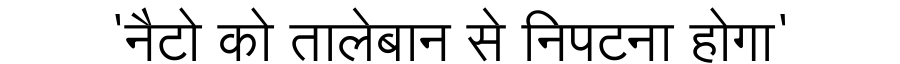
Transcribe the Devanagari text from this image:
'नैटो को तालेबान से निपटना होगा'